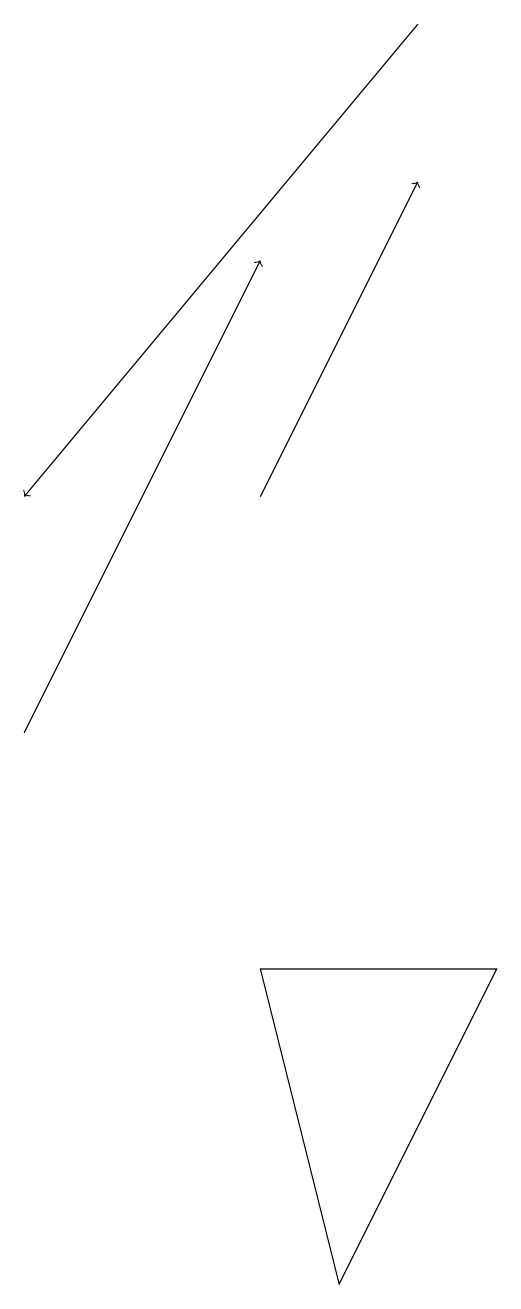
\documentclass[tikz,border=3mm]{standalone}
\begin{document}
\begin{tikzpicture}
\draw[->] (7,19) -- (2,13);
\draw[->] (5,13) -- (7,17);
\draw (5,7) -- (6,3) -- (8,7) -- cycle;
\draw[->] (2,10) -- (5,16);
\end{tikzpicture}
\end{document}